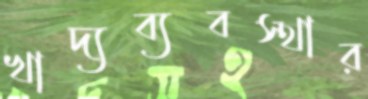
খাদ্যব্যবস্থার